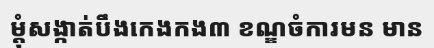
ម្តុំសង្កាត់បឹងកេងកង៣ ខណ្ឌចំការមន មាន